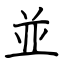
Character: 並